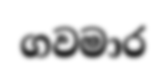
ගවමාර